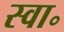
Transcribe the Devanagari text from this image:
स्वा॰